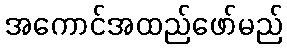
အကောင်အထည်ဖော်မည်